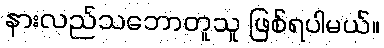
နားလည်သဘောတူသူ ဖြစ်ရပါမယ်။